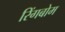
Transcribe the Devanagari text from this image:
रिंगबोम